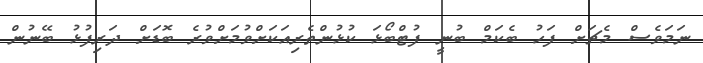
ނަމަވެސް މެޗަށް ފަހު ބެކަމް ބުނީ ފުޓްބޯޅަ ކުޅުންތެރިއަކަށްވުމަށްވުރެ ބޮޑަށް ދަރިފުޅު ބޭނުން